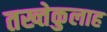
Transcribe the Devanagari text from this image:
तख्तेकुलाह